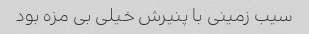
سیب زمینی با پنیرش خیلی بی مزه بود